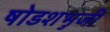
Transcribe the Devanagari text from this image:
षोडशभुजी